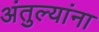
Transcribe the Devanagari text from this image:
अंतुल्यांना